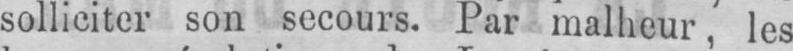
solliciter son secours. Par malheur, les